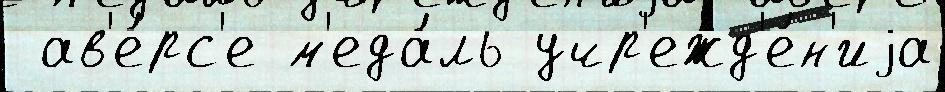
 ав'е́рс'е м'еда́ль учр'ежд'е́н'иjа